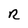
Character: R